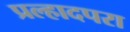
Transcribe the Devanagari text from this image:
प्रल्हादपरा